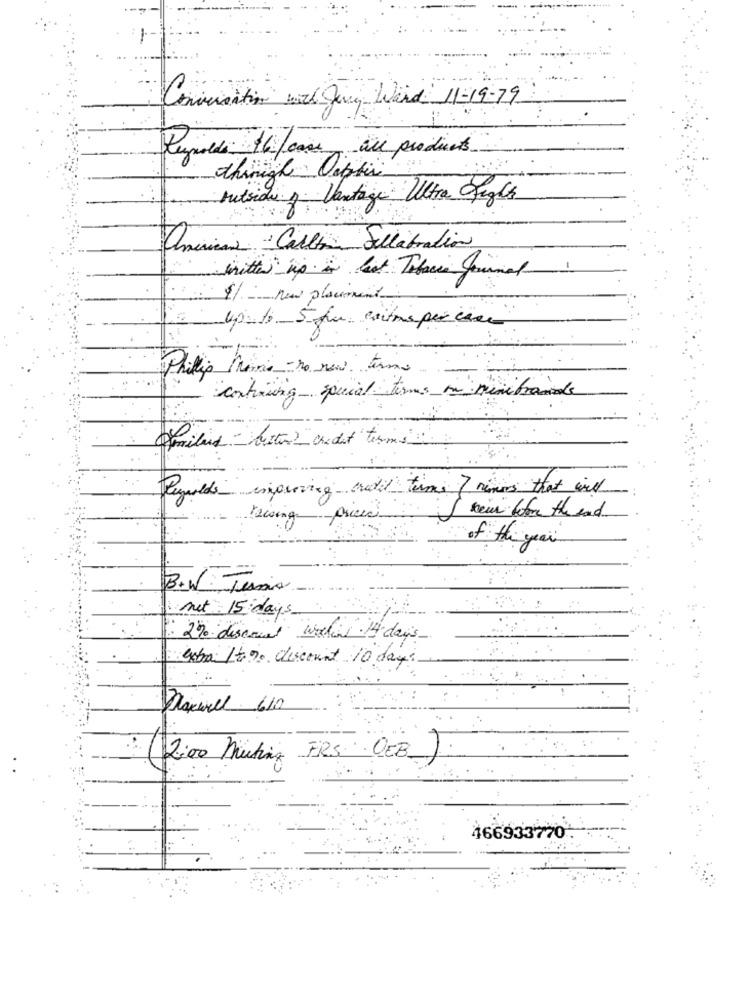
Conversation with Jury Ward 11-19-79
Reynolds $6 /case all products
thinigh Depois
outside of Vantage Ultra Regla
American Calle Sellabration
1 / _ new placement
= up to 5 pm entries per case
Phillip Prêmio - no new termo
continuing special terms on minibrannde
familie - button "credit terms
Reynolds improving credit terms 7 rumors that wil
Raising
priced
I kein before the end
of the year
B.W. Tens
met 15 days
2% discount working 14 days
extra It % discount 10 days
Daniel 610
(2:00 Muting FRS OEB)
466933770*